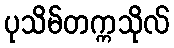
ပုသိမ်တက္ကသိုလ်